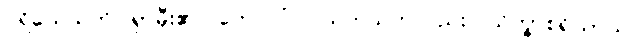
ပရိယေသတိ၊ ရှာမှီး၏။ ကေဝလံပိ၊ သက်သက်လည်း။ သိက္ခာစရိယာယ၊